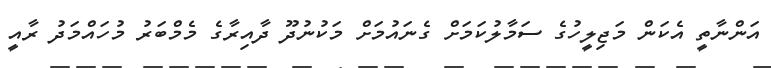
އަންނާތީ އެކަން މަޖިލީހުގެ ސަމާލުކަމަށް ގެނައުމަށް މަކުނުދޫ ދާއިރާގެ މެމްބަރު މުހައްމަދު ރާއީ